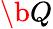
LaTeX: \b{Q}